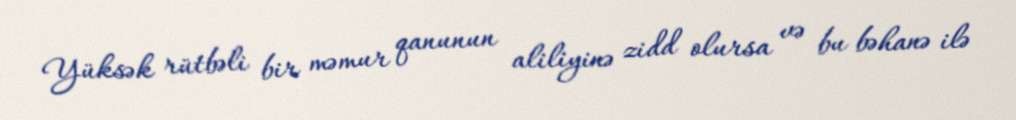
Yüksək rütbəli bir məmur qanunun aliliyinə zidd olursa və bu bəhanə ilə